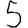
Digit: 5